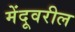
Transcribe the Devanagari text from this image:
मेंदूवरील